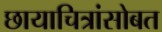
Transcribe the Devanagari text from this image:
छायाचित्रांसोबत